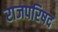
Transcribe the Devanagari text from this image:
राजपरिषद